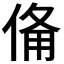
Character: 𬾨